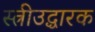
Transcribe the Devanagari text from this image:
स्त्रीउद्धारक